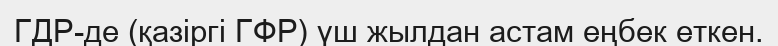
ГДР-де (қазіргі ГФР) үш жылдан астам еңбек еткен.